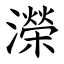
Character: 濚